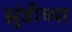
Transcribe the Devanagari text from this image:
झुंडीच्या